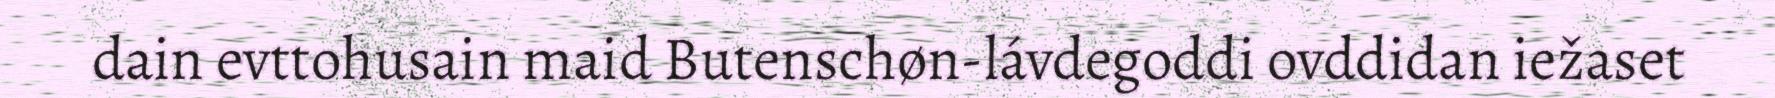
dain evttohusain maid Butenschøn-lávdegoddi ovddidan iežaset